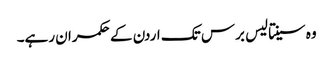
وہ سینتالیس برس تک اردن کے حکمران رہے۔